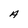
Character: A